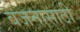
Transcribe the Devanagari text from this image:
वजनासाठी